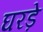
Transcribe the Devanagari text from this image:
घरड़े